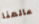
عالمنا